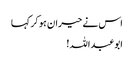
اس نے حیران ہو کر کہا
ابوعبداللہ!